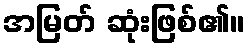
အမြတ် ဆုံးဖြစ်၏။